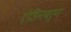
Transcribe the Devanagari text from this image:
ऐडिनबर्ग